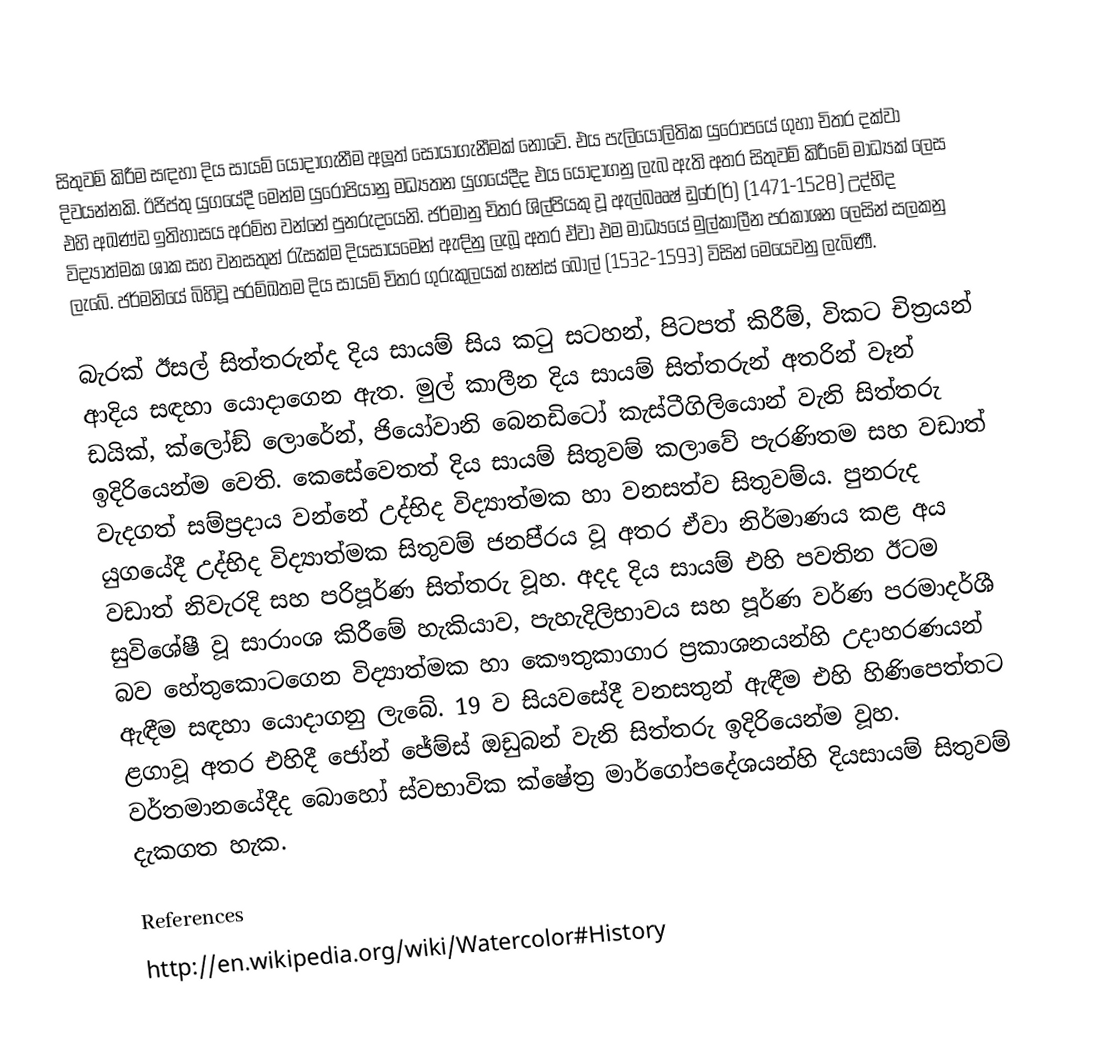
සිතුවම් කිරීම සඳහා දිය සායම් යොදාගැනීම අලූත් සොයාගැනීමක් නොවේ. එය පැලියෝලිතික යුරෝපයේ ගුහා චිත‍්‍ර දක්වා දිවයන්නකි. ඊජිප්තු යුගයේදී මෙන්ම යුරෝපියානු මධ්‍යතන යුගයේදීද එය යොදාගනු ලැබ ඇති අතර සිතුවම් කිරීමේ මාධ්‍යක් ලෙස එහි අඛණ්ඩ ඉතිහාසය අරම්භ වන්නේ පුනරුදයෙනි. ජර්මානු චිත‍්‍ර ශිල්පියකු වූ ඇල්බෲෂ් ඩුරේ(ර්) (1471-1528) උද්භිද විද්‍යාත්මක ශාක සහ වනසතුන් රැසක්ම දියසායමෙන් ඇඳිනු ලැබූ අතර ඒවා එම මාධ්‍යයේ මුල්කාලීන ප‍්‍රකාශන ලෙසින් සලකනු ලැබේ. ජර්මනියේ බිහිවූ ප‍්‍රම්ඛතම දිය සායම් චිත‍්‍ර ගුරුකුලයක් හෑන්ස් බොල් (1532-1593) විසින් මෙයෙවනු ලැබිණී.

බැරක් ඊසල් සිත්තරුන්ද දිය සායම් සිය කටු සටහන්, පිටපත් කිරීම්, විකට චිත‍්‍රයන් ආදිය සඳහා යොදාගෙන ඇත. මුල් කාලීන දිය සායම් සිත්තරුන් අතරින් වෑන් ඩයික්, ක්ලෝඞ් ලොරේන්, ජියෝවානි බෙනඩිටෝ කැස්ටීගිලියොන් වැනි සිත්තරු ඉදිරියෙන්ම වෙති. කෙසේවෙතත් දිය සායම් සිතුවම් කලාවේ පැරණිතම සහ වඩාත් වැදගත් සම්ප‍්‍රදාය වන්නේ උද්භිද විද්‍යාත්මක හා වනසත්ව සිතුවම්ය. පුනරුද යුගයේදී උද්භිද විද්‍යාත්මක සිතුවම් ජනපි‍්‍රය වූ අතර ඒවා නිර්මාණය කළ අය වඩාත් නිවැරදි සහ පරිපූර්ණ සිත්තරු වූහ. අදද දිය සායම් එහි පවතින ඊටම සුවිශේෂී වූ සාරාංශ කිරීමේ හැකියාව, පැහැදිලිභාවය සහ පූර්ණ වර්ණ පරමාදර්ශී බව හේතුකොටගෙන විද්‍යාත්මක හා කෞතුකාගාර ප‍්‍රකාශනයන්හි උදාහරණයන් ඇඳීම සඳහා යොදාගනු ලැබේ. 19 ව සියවසේදී වනසතුන් ඇඳීම එහි හිණිපෙත්තට ළගාවූ අතර එහිදී ජෝන් ජේම්ස් ඔඩුබන් වැනි සිත්තරු ඉදිරියෙන්ම වූහ. වර්තමානයේදීද බොහෝ ස්වභාවික ක්ෂේත‍්‍ර මාර්ගෝපදේශයන්හි දියසායම් සිතුවම් දැකගත හැක.

References
http://en.wikipedia.org/wiki/Watercolor#History